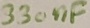
Text: 330nF